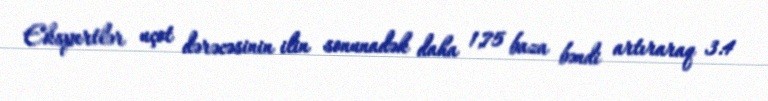
Ekspertlər uçot dərəcəsinin ilin sonunadək daha 1,75 baza bəndi artıraraq 3.4